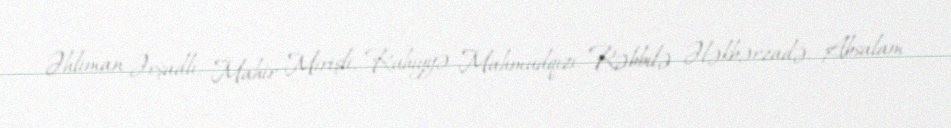
Əhliman Ərşadlı, Mahir Mirişli, Ruhiyyə Mahmudqızı, Rəbbilə Ələkbərzadə, Absalam